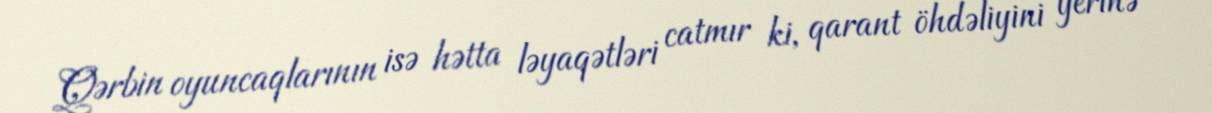
Qərbin oyuncaqlarının isə hətta ləyaqətləri catmır ki, qarant öhdəliyini yerinə